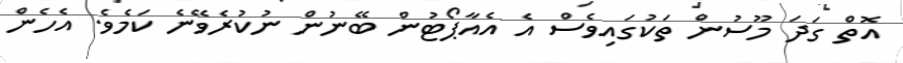
އޮތް ގަދަ މޫސުން ތަކުގައިވެސް އެ އެއާޕޯޓުން ބޭނުން ނުކުރެވޭނެ ކަމެވެ. އެހެން